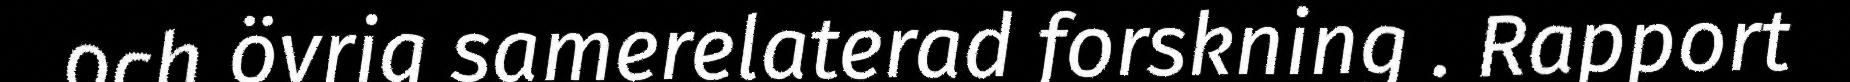
och övrig samerelaterad forskning . Rapport